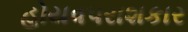
હોયવપરાશકાર